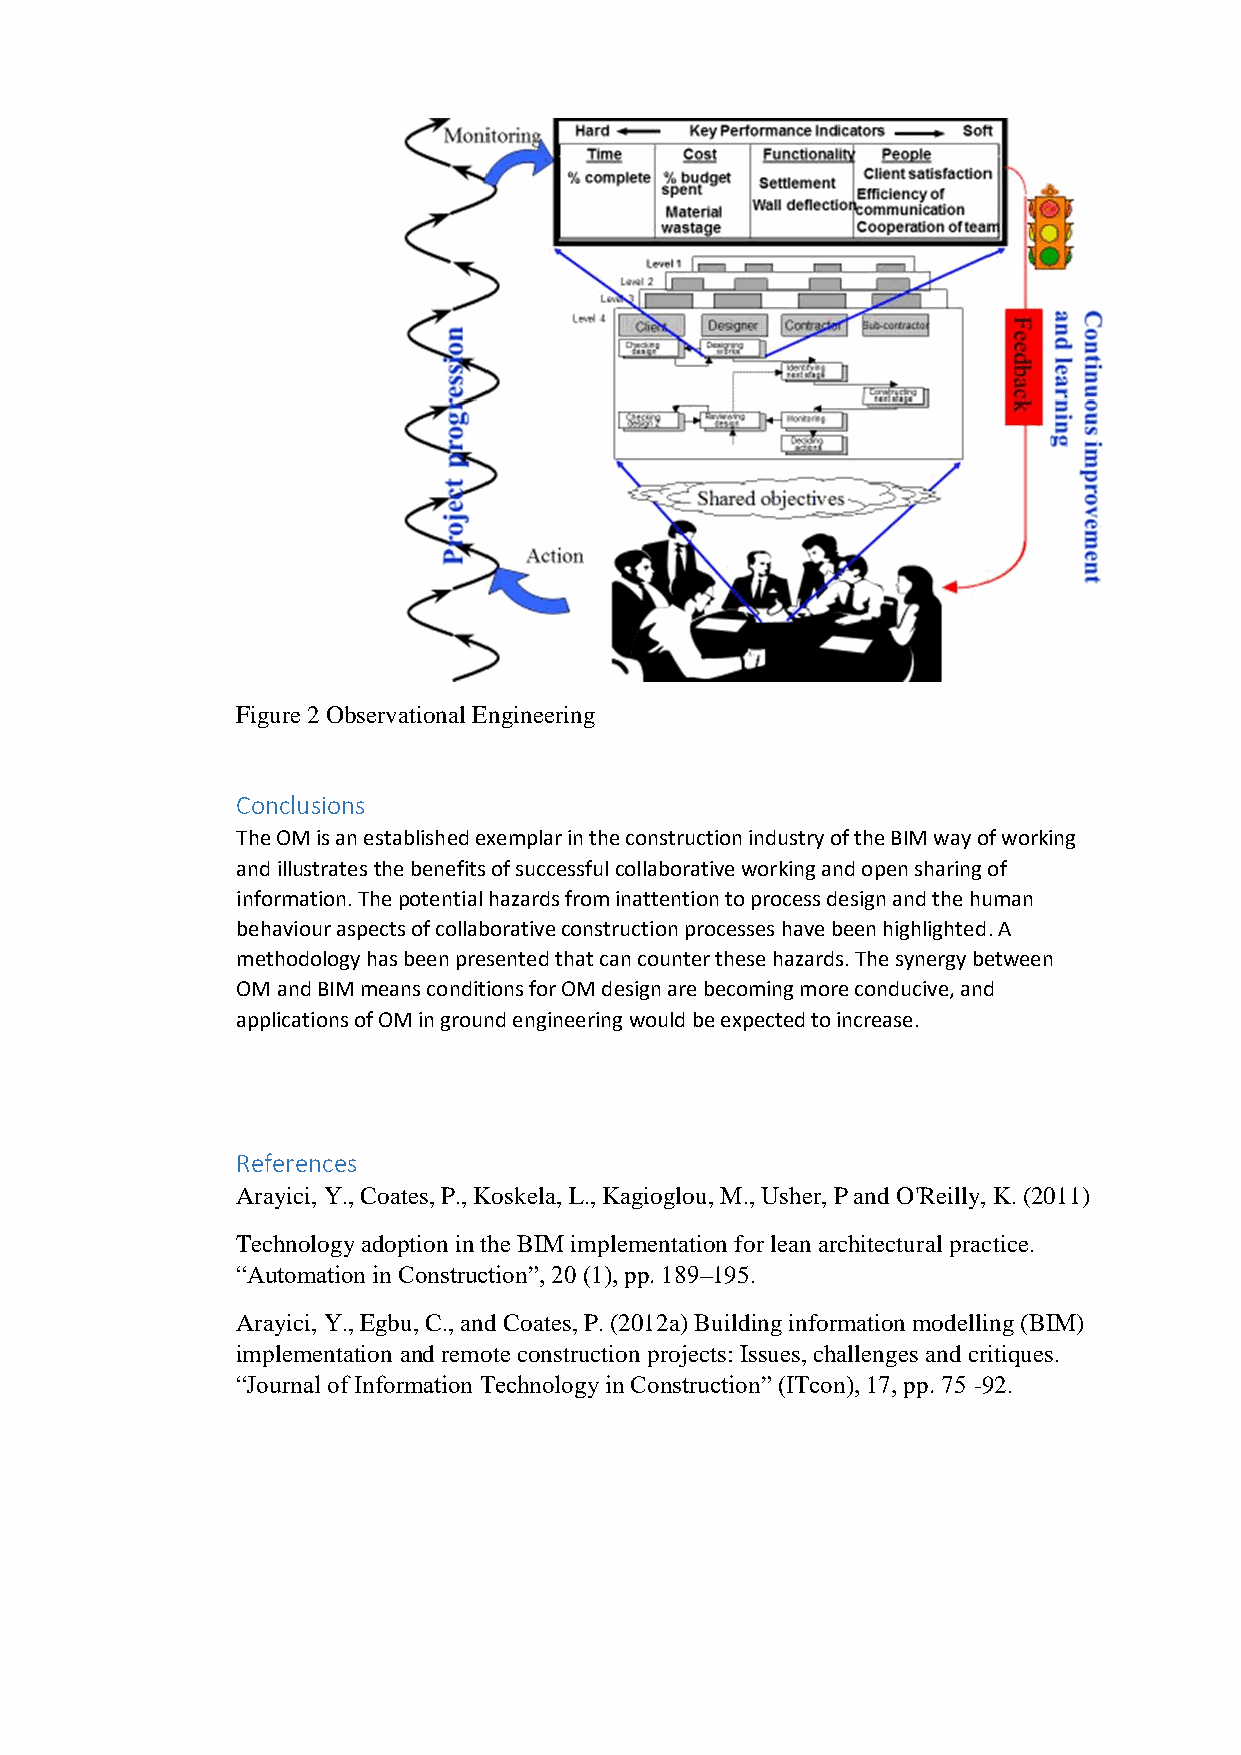
Figure 2 Observational Engineering
 Conclusions
 The OM is an established exemplar in the construction industry of the BIM way of working
 and illustrates the benefits of successful collaborative working and open sharing of
 information. The potential hazards from inattention to process design and the human
 behaviour aspects of collaborative construction processes have been highlighted. A
 methodology has been presented that can counter these hazards. The synergy between
 OM and BIM means conditions for OM design are becoming more conducive, and
 applications of OM in ground engineering would be expected to increase.
 References
 Arayici, Y., Coates, P., Koskela, L., Kagioglou, M., Usher, P and O'Reilly, K. (2011)
 Technology adoption in the BIM implementation for lean architectural practice.
 “Automation in Construction”, 20 (1), pp. 189–195.
 Arayici, Y., Egbu, C., and Coates, P. (2012a) Building information modelling (BIM)
 implementation and remote construction projects: Issues, challenges and critiques.
 “Journal of Information Technology in Construction” (ITcon), 17, pp. 75 -92.